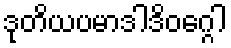
ဒုတိယပမာဒါဒိဝဂ္ဂေါ